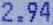
2.94